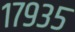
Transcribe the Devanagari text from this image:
१७९३५